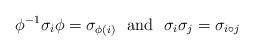
LaTeX: \begin{align*}\phi^{-1} \sigma_i \phi=\sigma_{\phi(i)}\ \ \textup{and}\ \ \sigma_i\sigma_j=\sigma_{i\circ j}\end{align*}